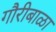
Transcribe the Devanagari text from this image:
गौरीबाळा